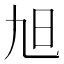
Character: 旭